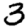
Digit: 3